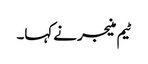
ٹیم منیجر نے کہا۔